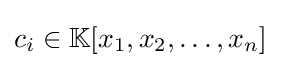
c_{i}\in \mathbb {K} [x_{1},x_{2},\dotsc ,x_{n}]